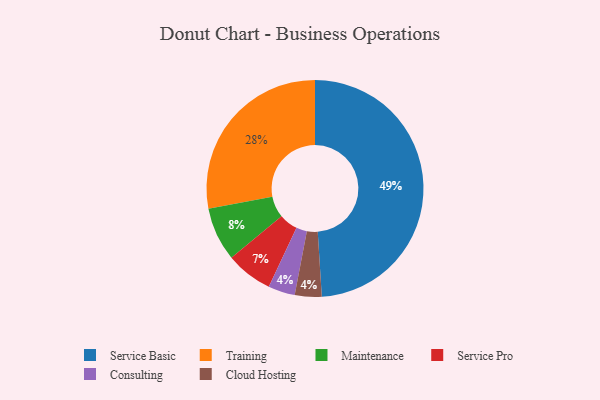
{"axis": {"x": "Category", "y": "Percentage"}, "legend": ["Cloud Hosting", "Consulting", "Maintenance", "Service Basic", "Service Pro", "Training"], "data": [{"x": "Service Basic", "y": 49, "type": "Service Basic"}, {"x": "Consulting", "y": 4, "type": "Consulting"}, {"x": "Cloud Hosting", "y": 4, "type": "Cloud Hosting"}, {"x": "Training", "y": 28, "type": "Training"}, {"x": "Maintenance", "y": 8, "type": "Maintenance"}, {"x": "Service Pro", "y": 7, "type": "Service Pro"}]}